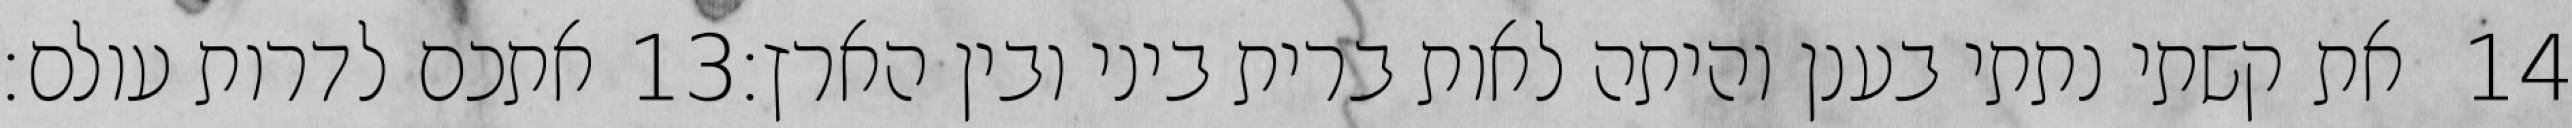
אתכם לדרות עולם׃ ‎13‏ את קשתי נתתי בענן והיתה לאות ברית ביני ובין הארץ׃ ‎14‏